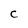
Character: C